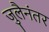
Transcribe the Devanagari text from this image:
जुलैनंतर